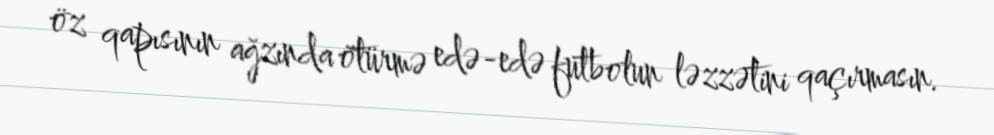
öz qapısının ağzında ötürmə edə-edə futbolun ləzzətini qaçırmasın.